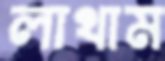
লাথাম